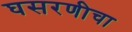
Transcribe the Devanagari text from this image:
घसरणीचा